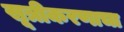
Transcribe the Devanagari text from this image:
सूत्रीकरणाचा